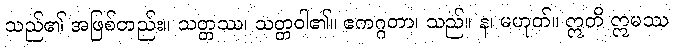
သည်၏ အဖြစ်တည်း။ သတ္တဿ၊ သတ္တဝါ၏။ ဧကဂ္ဂတာ၊ သည်။ န၊ မဟုတ်။ ဣတိ ဣမဿ